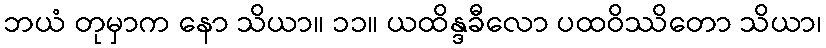
ဘယံ တုမှာက နော သိယာ။ ၁၁။ ယထိန္ဒခီလော ပထဝိဿိတော သိယာ၊